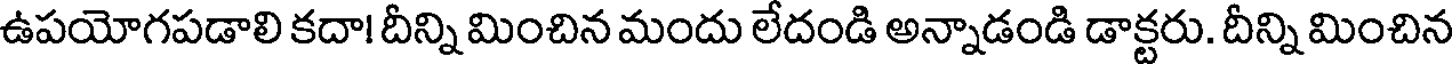
ఉపయోగపడాలి కదా! దీన్ని మించిన మందు లేదండి అన్నాడండి డాక్టరు. దీన్ని మించిన